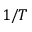
1 / T